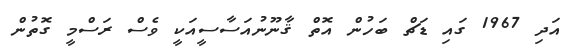
އަދި 1967 ގައި ޑަޗް ބަހުން އޮތް ޤާނޫނުއަސާސީއަކީ ވެސް ރަސްމީ ގޮތުން